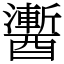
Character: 䤔